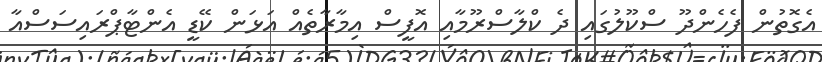
އެގޮތުން ފެހެންދޫ ސްކޫލުގައި ދެ ކްލާސްރޫމާއި އޮފީސް އިމާރާތެއް އަޅަން ކޭޑީ އެންޓާޕްރައިސަސްއާ